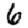
Digit: 6